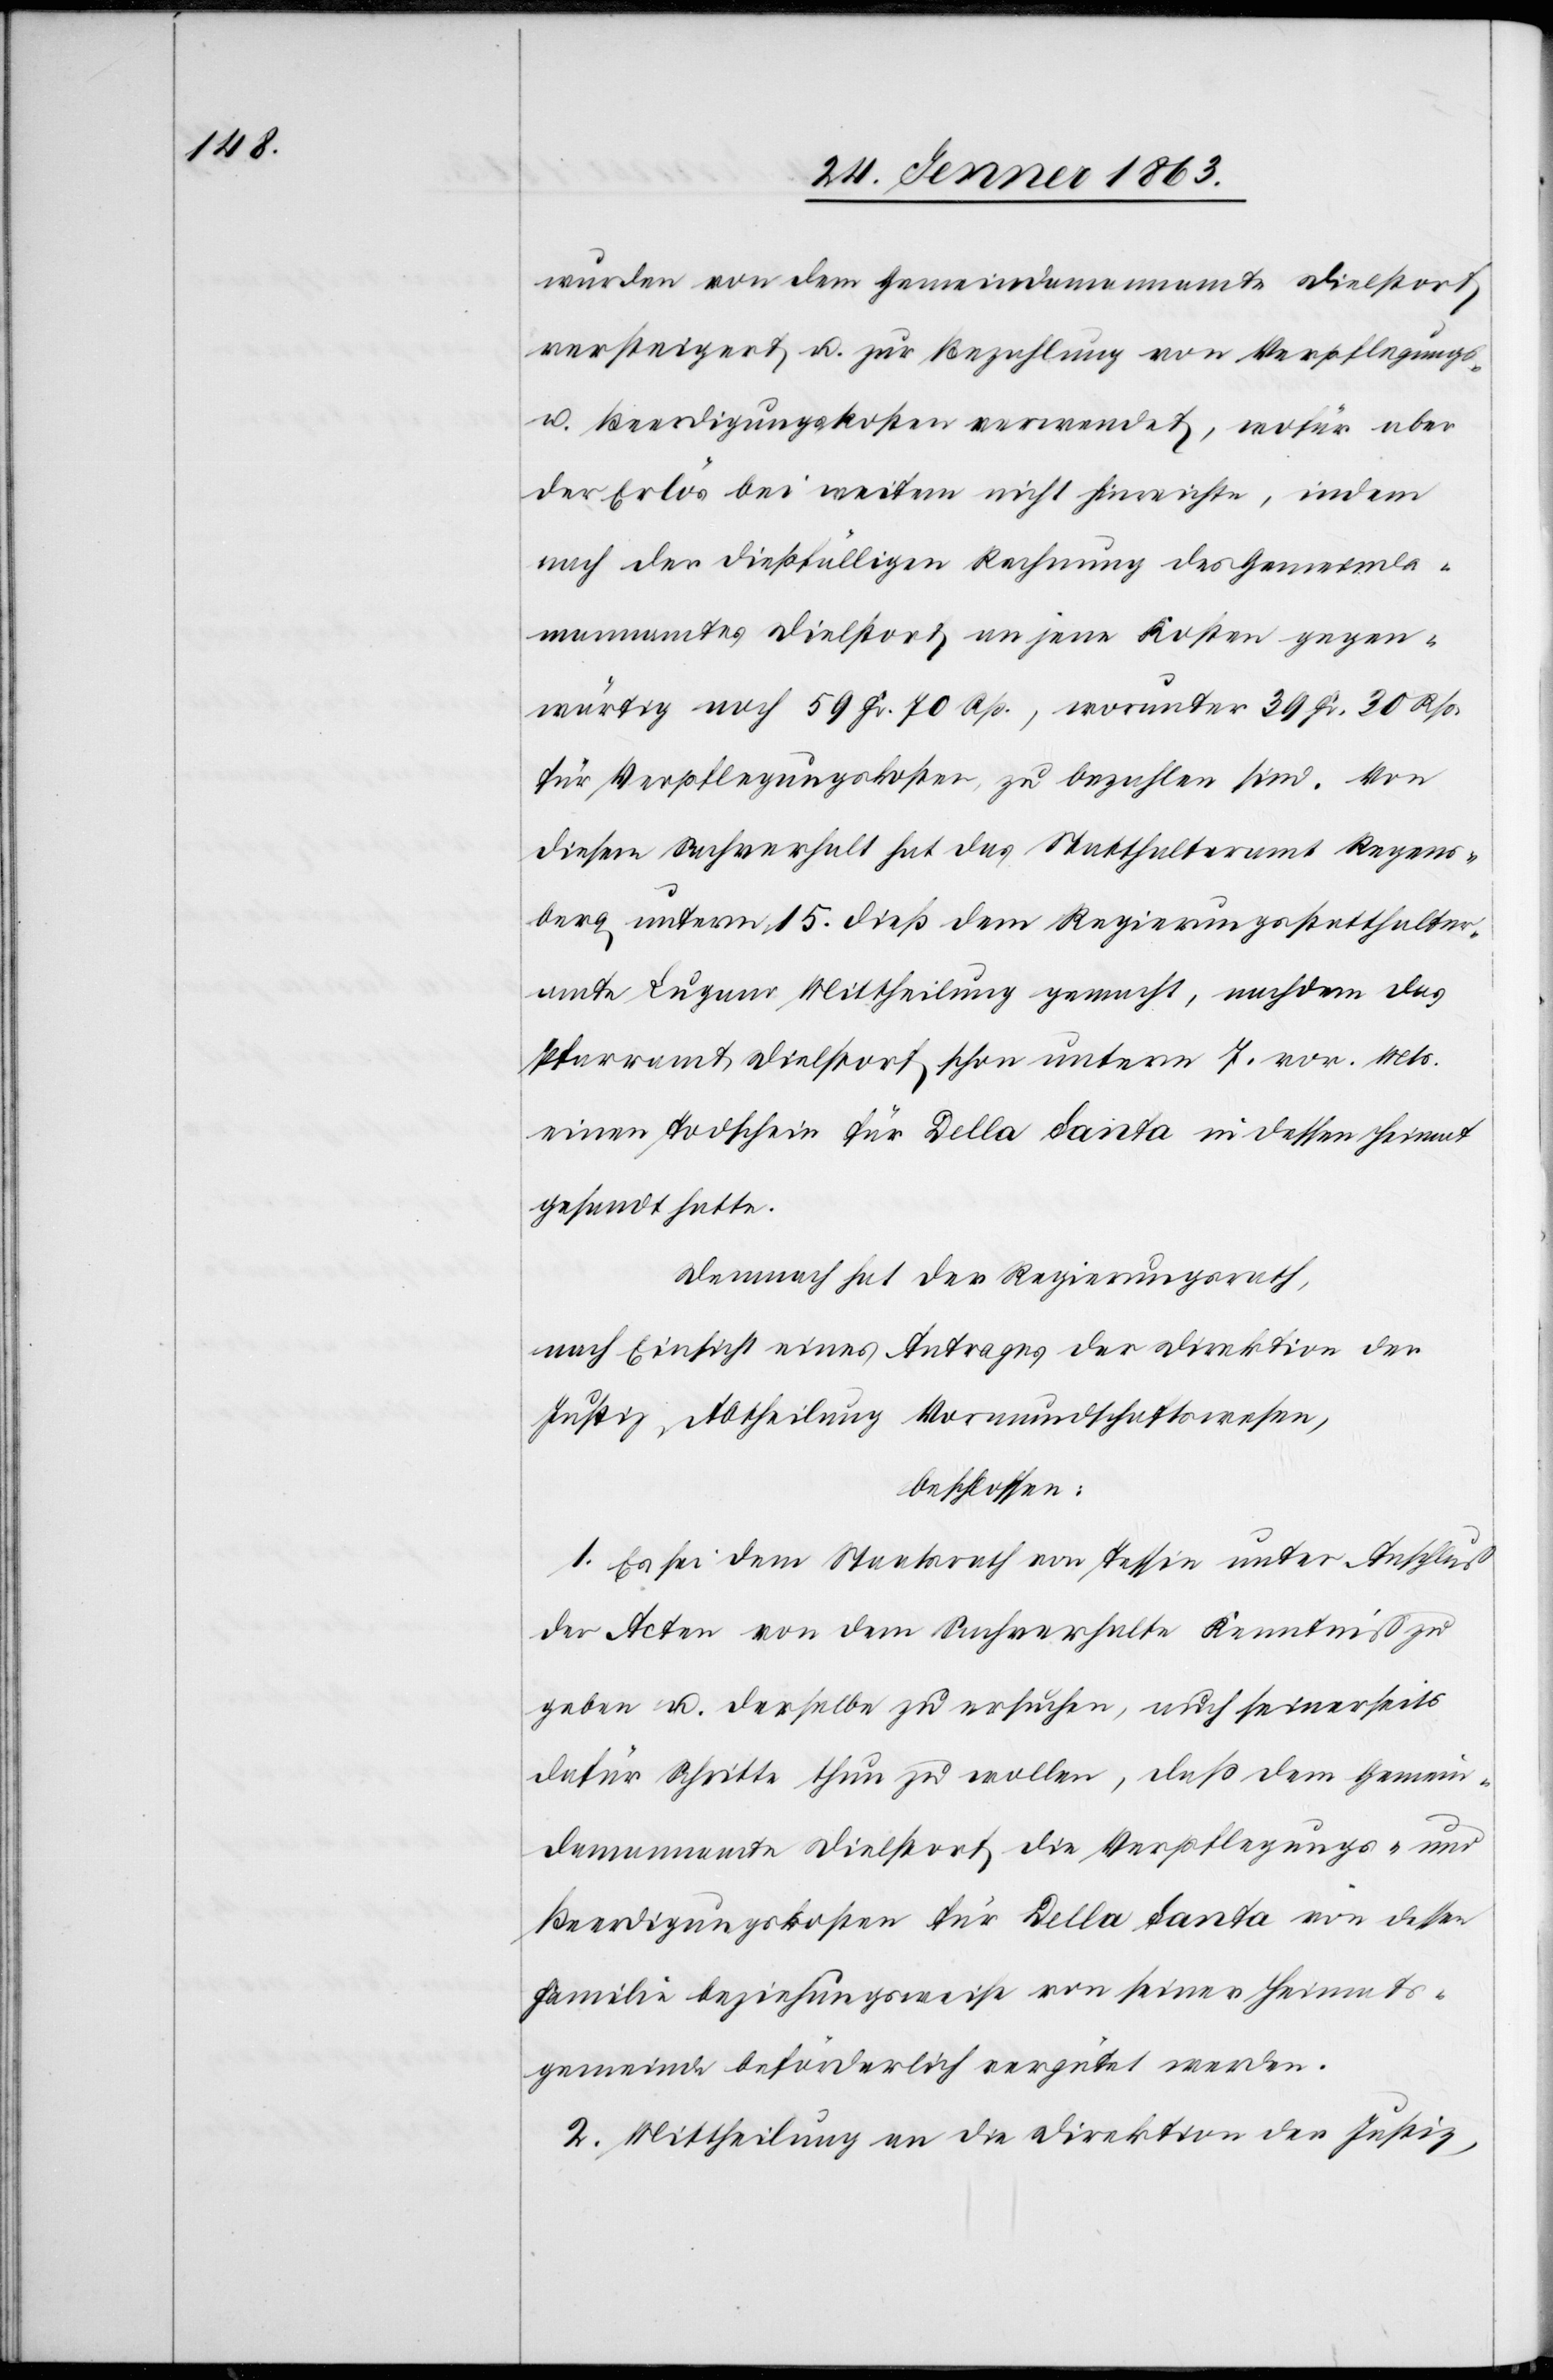
wurden von dem Gemeindamannamte Dielstorf
versteigert u. zur Bezahlung von Verpflegungs-
u. Beerdigungskosten verwendet, wofür aber
der Erlös bei weitem nicht hinreichte, indem
nach der dießfälligen Rechnung des Gemeinda¬
mannamtes Dielstorf an jene Kosten gegen¬
wärtig noch 59 Fr. 70 Rp., worunter 39 Fr. 30 Rp.
für Verpflegungskosten zu bezahlen sind. Von
diesem Sachverhalt hat das Statthalteramt Regens¬
berg unterm 15. dieß dem Regierungsstatthalter¬
amte Lugano Mittheilung gemacht, nachdem das
Pfarramt Dielstorf schon unterm 7. vor. Mts.
einen Todschein für Della Santa in dessen Heimat
gesandt hatte.
Demnach hat der Regierungsrath,
nach Einsicht eines Antrages der Direktion der
Justiz, Abtheilung Vormundschaftswesen,
beschlossen:
1. Es sei dem Staatsrath von Tessin unter Anschluß
der Acten von dem Sachverhalte Kenntniß zu
geben u. derselbe zu ersuchen, auch seinerseits
dafür Schritte thun zu wollen, daß dem Gemein¬
damannamte Dielstorf die Verpflegungs- und
Beerdigungskosten für Della Santa von dessen
Familie beziehungsweise von seiner Heimats¬
gemeinde beförderlich vergütet werden.
2. Mittheilung an die Direktion der Justiz,